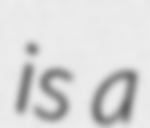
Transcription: is a